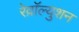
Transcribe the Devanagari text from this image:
रेव़ाॅल्युशन